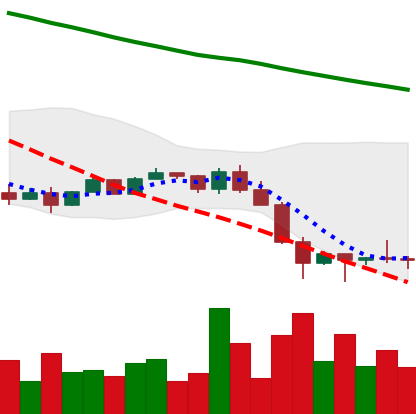
Ticker: NEO-USD
Chart end date: 2022-01-27
Forward return: 10.157%
Label: up_7plus